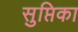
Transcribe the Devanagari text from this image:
सुप्तिका